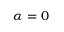
\alpha = 0